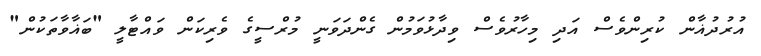
އުރުދުޣާން ކުރިންވެސް އަދި މިހާރުވެސް ވިދާޅުވަމުން ގެންދަވަނީ މުރްސީގެ ވެރިކަން ވައްޓާލީ "ބަޣާވާތަކުން"